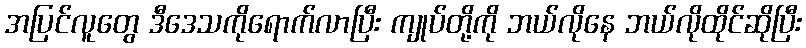
အပြင်လူတွေ ဒီဒေသကိုရောက်လာပြီး ကျုပ်တို့ကို ဘယ်လိုနေ ဘယ်လိုထိုင်ဆိုပြီး